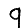
Digit: 9